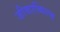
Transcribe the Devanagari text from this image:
जीकाब्पिल्स